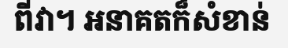
ពីវា។ អនាគតក៏សំខាន់